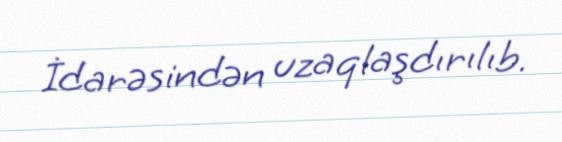
İdarəsindən uzaqlaşdırılıb.